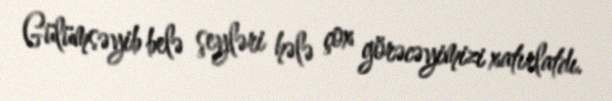
Gülümsəyib belə şeyləri hələ çox görəcəyimizi xatırlatdı.